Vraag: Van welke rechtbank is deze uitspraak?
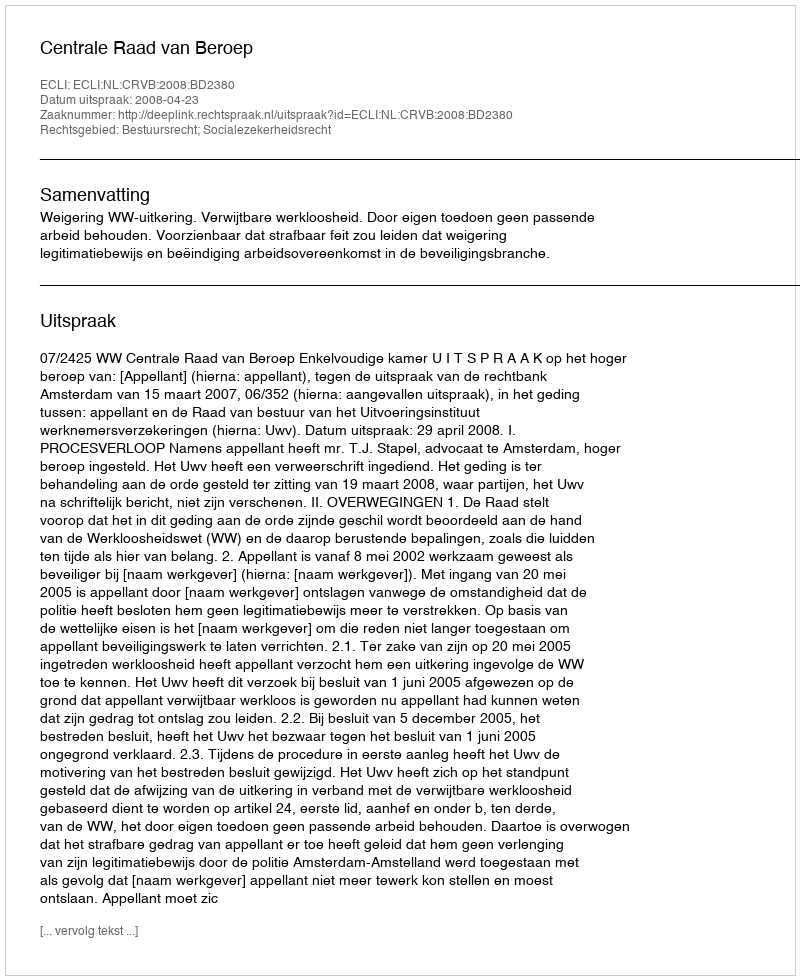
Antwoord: Centrale Raad van Beroep